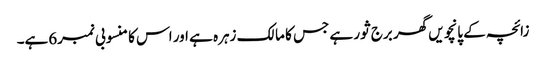
زائچہ کے پانچویں گھر برج ثور ہے جس کا مالک زہرہ ہے اور اس کا منسوبی نمبر6ہے۔